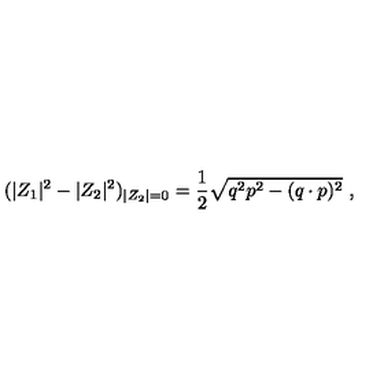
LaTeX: ( | Z _ { 1 } | ^ { 2 } - | Z _ { 2 } | ^ { 2 } ) _ { | Z _ { 2 } | = 0 } = { \frac { 1 } { 2 } } \sqrt { q ^ { 2 } p ^ { 2 } - ( q \cdot p ) ^ { 2 } } \ ,